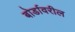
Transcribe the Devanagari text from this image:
बोर्डावरील